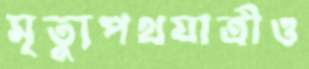
মৃত্যুপথযাত্রীও